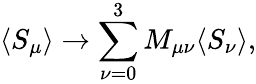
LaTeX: \langle S_{\mu}\rangle\to\sum_{\nu=0}^{3}M_{\mu\nu}\langle S_{\nu}\rangle,